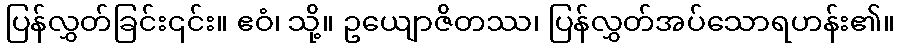
ပြန်လွှတ်ခြင်း၎င်း။ ဧဝံ၊ သို့။ ဥယျောဇိတဿ၊ ပြန်လွှတ်အပ်သောရဟန်း၏။